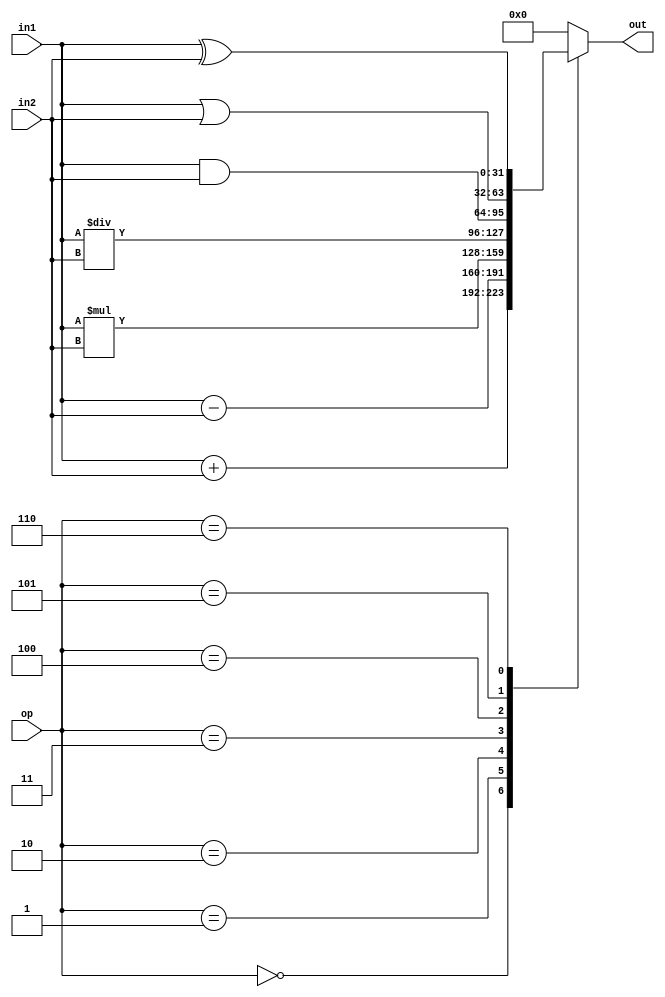
module ALU #(parameter op_sz = 32)(input [op_sz-1 : 0] in1,in2, input [2:0] op, output reg  [op_sz-1 : 0] out);
  always @(*) begin
    case (op)
      0: begin
        out = in1 + in2 ;
      end
      1: begin
        out = in1 - in2 ;
      end
      2: begin
        out = in1 * in2 ;
      end
      3: begin
        out = in1 / in2 ;
      end
      4: begin
        out = in1 & in2 ;
      end
      5: begin
        out = in1 | in2 ;
      end
      6: begin
        out = in1 ^ in2 ;
      end
      default: begin
        out = 0;
      end
    endcase
  end 
endmodule